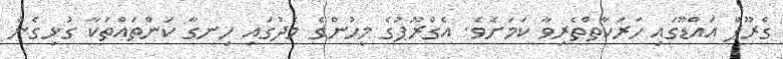
ގްރޫޕް އައްޑޫގައި ހަރަކާތްތެރިވާ ކަމަށެވެ. އެގްރޫޕުގެ މީހުންގެ މެދުގައި ހިނގާ ކަންތައްތަކާ ގުޅިގެން